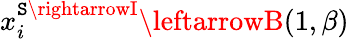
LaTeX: x_{i}^{\mathtt{S}\rightarrowI}\leftarrowB(1,\beta)